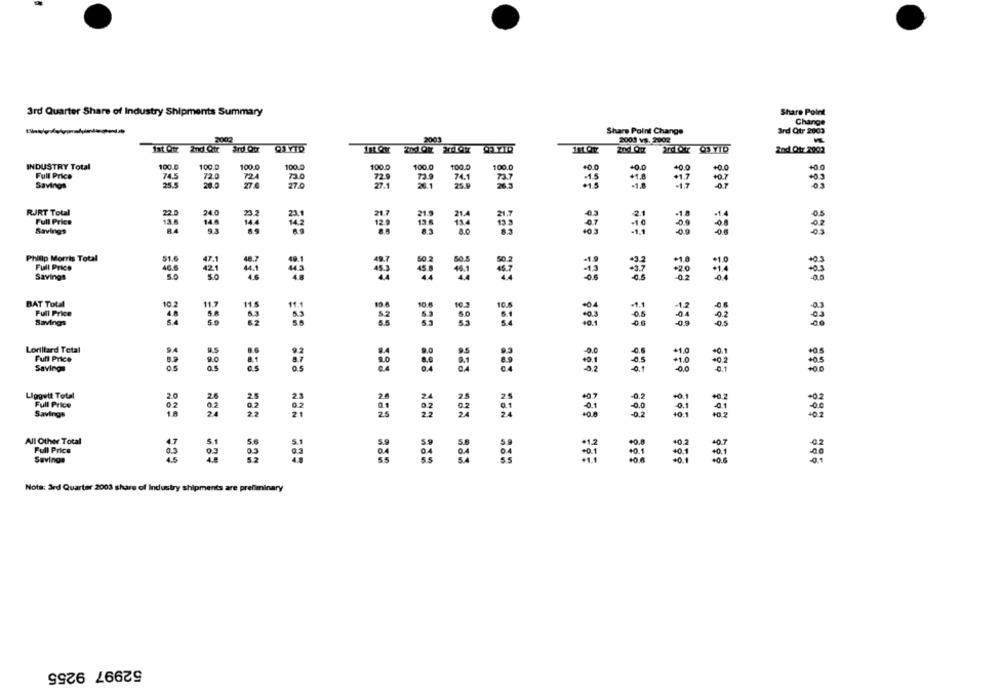
3rd Quarter Share of Industry Shipments Summary
Share Point
Share Point Change
Change
2003
2003 Vs. 2002
ard Qtr 2003
ist Otr 2nd Qtr
2nd Ott 2800
100.0
100.0
100.0
100.0
100.0
100.0
+0.0
INDUSTRY Total
100.0
100.
-0.0
*0.0
Full Price
74.5
72.0
7/24
73.0
72.
-1.5
Savings
25.5
28.0
27.0
27.0
27.1
26.1
72 7
RJRT Total
22
Full Price
23.2
Savings
Philip Morris Total
Full Price
Savings
BAT Total
10.2
10.2
10.5
Full Price
Savings
Lorillard Total
Full Price
20
Savings
Liggett Total
Full Price
Savings
All Other Total
Full Price
-0.1
Savings
Nota: 3rd Quarter 2003 share of Industry shipments are preliminary
52997 9255